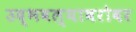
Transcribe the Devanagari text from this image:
उद्भवल्याबरोबर